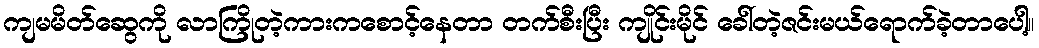
ကျမမိတ်ဆွေကို လာကြိုတဲ့ကားကစောင့်နေတာ တက်စီးပြီး ကျိုင်းမိုင် ခေါ်တဲ့ဇင်းမယ်ရောက်ခဲ့တာပေါ့။